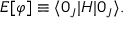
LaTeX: { \cal E } [ \varphi ] \equiv \langle 0 _ { J } | H | 0 _ { J } \rangle .